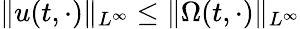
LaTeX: \| u(t,\cdot)\| _{L^{\infty}}\leq\| \Omega(t,\cdot)\| _{L^{\infty}}